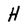
Character: H